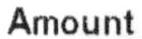
AMOUNT